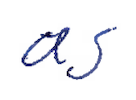
Text: as
Cross-out: clean
Writing tool: ballpoint